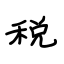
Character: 税